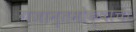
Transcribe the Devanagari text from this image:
गजान्तमोक्षाचा